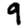
Digit: 9